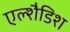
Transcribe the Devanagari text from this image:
एल्शैडिश